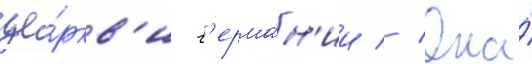
це́ркв'и г'ерма́н'ии // Она́